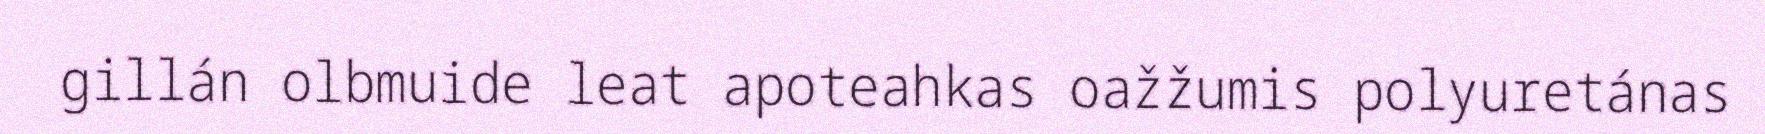
gillán olbmuide leat apoteahkas oažžumis polyuretánas